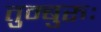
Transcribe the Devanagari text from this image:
तुम्बुरुः